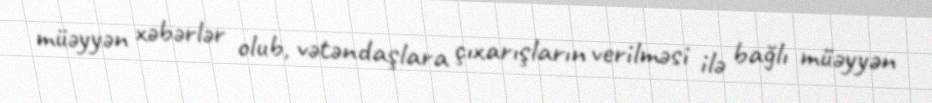
müəyyən xəbərlər olub, vətəndaşlara çıxarışların verilməsi ilə bağlı müəyyən